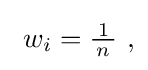
{\textstyle \ w_{i}={\tfrac {\!\ 1\!\ }{n}}\ ,}